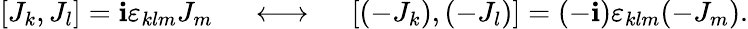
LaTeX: [J_{k},J_{l}]=\mathbf{i}\varepsilon_{klm}J_{m}\ \ \ \ \ \longleftrightarrow\ \ \ \ \ [(-J_{k}),(-J_{l})]=(-\mathbf{i})\varepsilon_{klm}(-J_{m}).